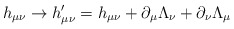
\begin{align*}h_{\mu\nu} \rightarrow h'_{\mu\nu} = h_{\mu\nu} + \partial_\mu \Lambda_\nu+ \partial_\nu \Lambda_\mu\end{align*}